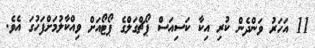
11 އަހަރު ވަންދެން ކުރި އިކާ ކަސިއަސް ޕޯޗްގަލްގެ ޕޯޓޯއަށް ވިއްކާލުމަށްފަހުގަ އެވެ.